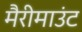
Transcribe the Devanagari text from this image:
मैरीमाउंट